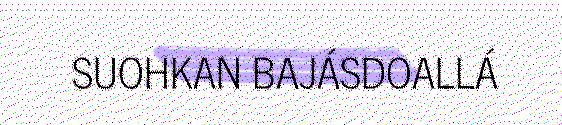
SUOHKAN BAJÁSDOALLÁ